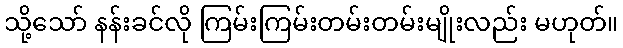
သို့သော် နန်းခင်လို ကြမ်းကြမ်းတမ်းတမ်းမျိုးလည်း မဟုတ်။